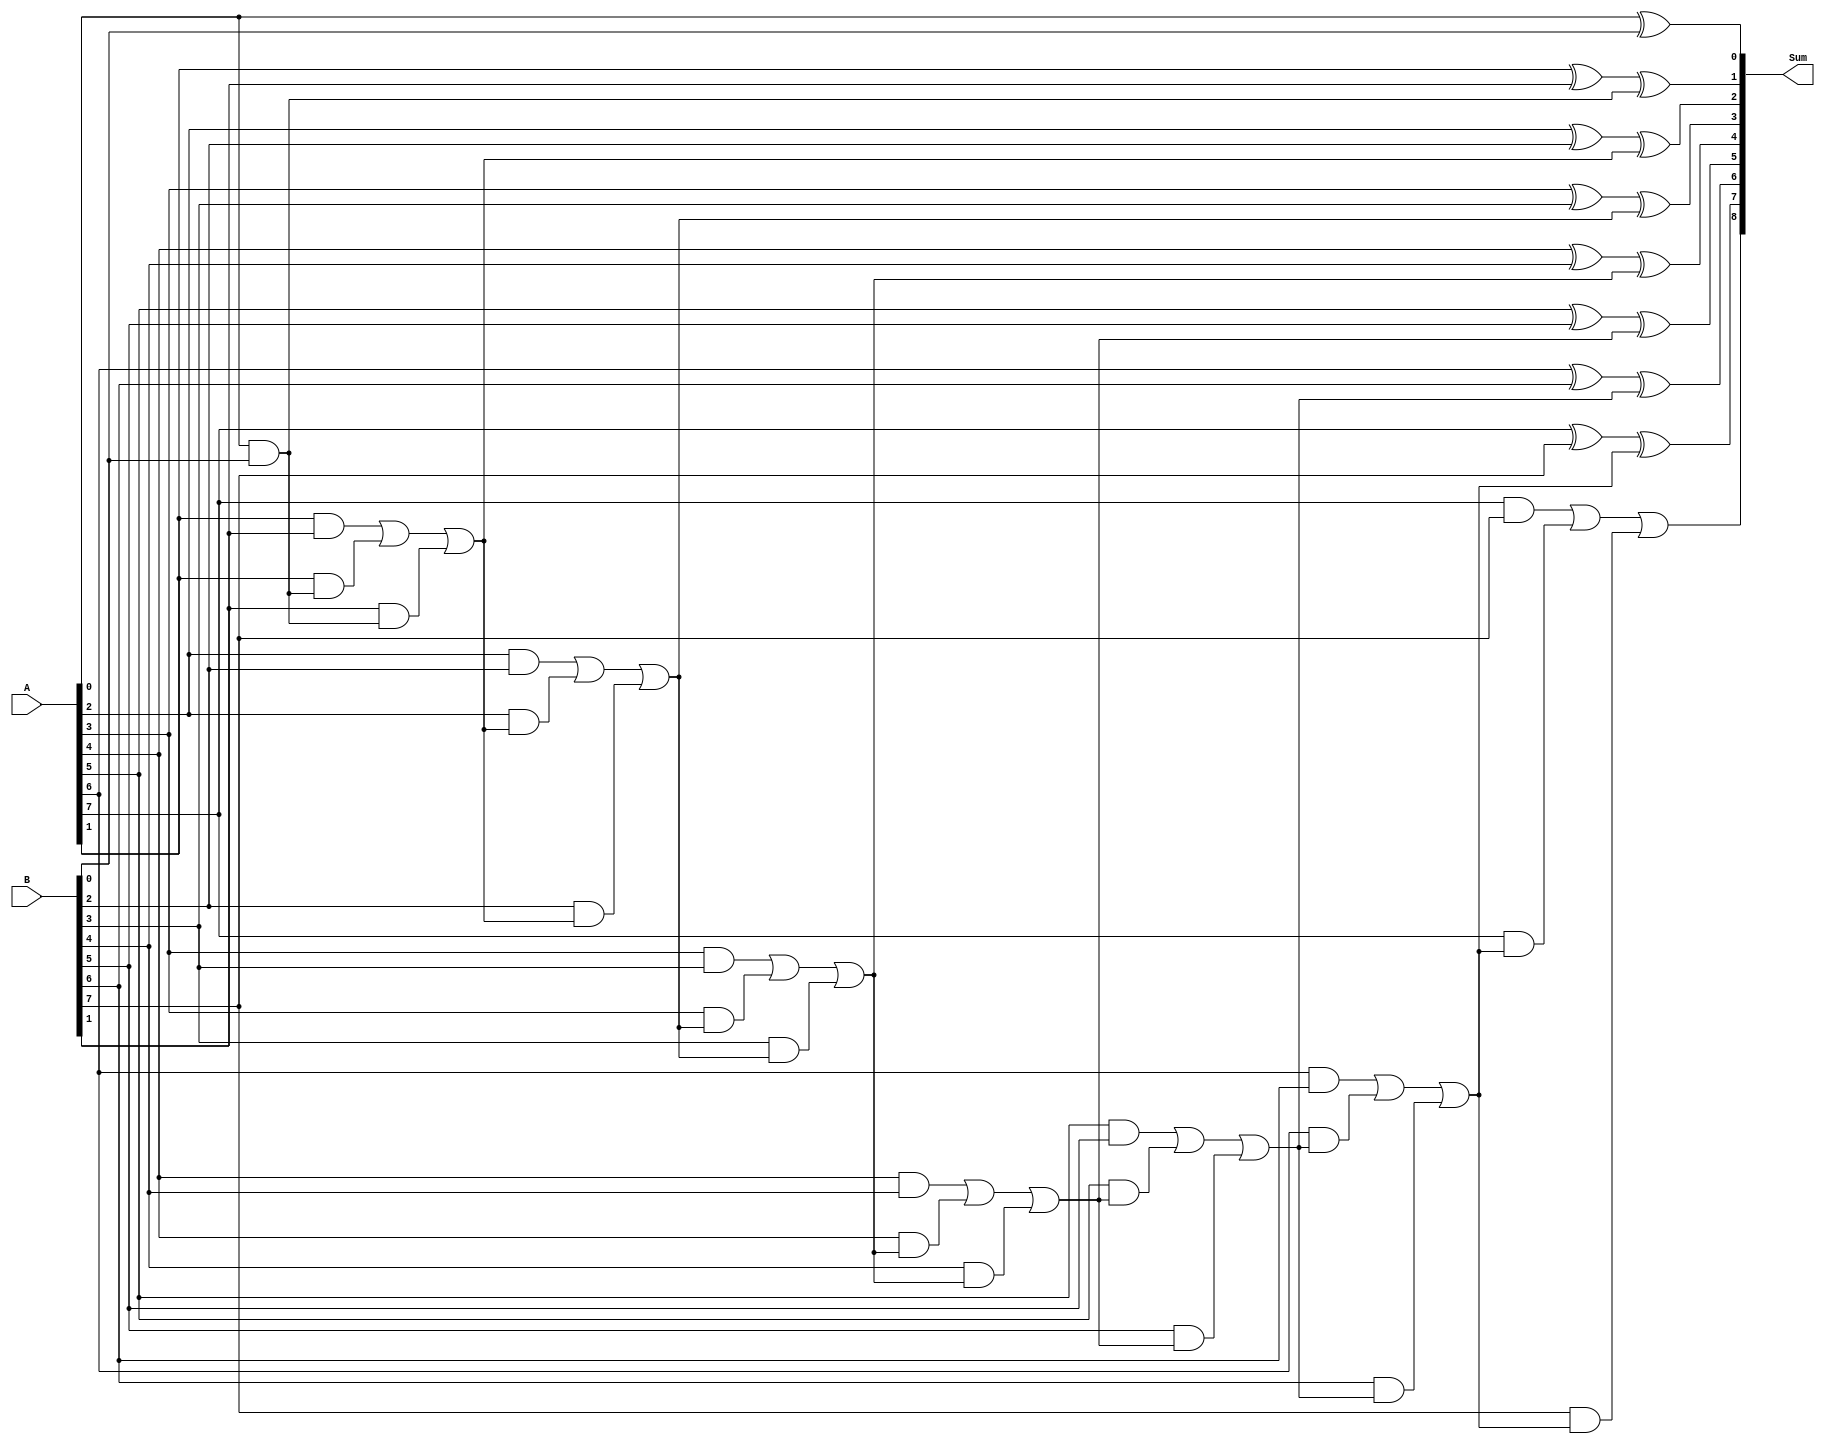
module carry_select_lookahead_adder (
  input [7:0] A,
  input [7:0] B,
  output [8:0] Sum
);

wire [8:0] carry;

assign Sum[0] = A[0] ^ B[0];
assign carry[0] = A[0] & B[0];

genvar i;

generate
  for (i = 1; i < 8; i = i + 1) begin
    assign Sum[i] = A[i] ^ B[i] ^ carry[i-1];
    assign carry[i] = (A[i] & B[i]) | (A[i] & carry[i-1]) | (B[i] & carry[i-1]);
  end
endgenerate

assign Sum[8] = carry[7];

endmodule